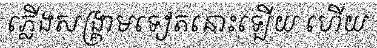
ភ្លើងសង្គ្រាមទៀតនោះឡើយ ហើយ